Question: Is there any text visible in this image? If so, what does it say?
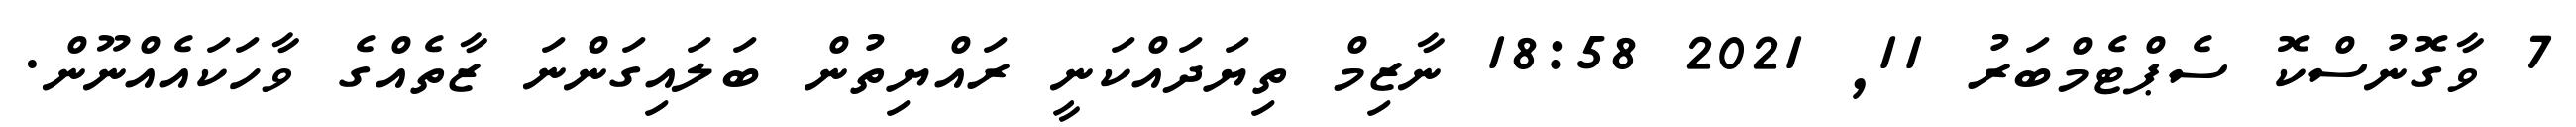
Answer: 7 ވާގޮނުސްކޮ ސެޕްޓެމްބަރު 11, 2021 18:58 ނާޒިމް ތިޔަދައްކަނީ ރައްޔިތުން ބަލައިގަންނަ ޒާތެއްގެ ވާހަކައެއްނޫން.